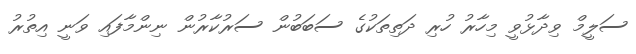
ސަލީމް ވިދާޅުވީ މިހާރު ހުރި ދަތިތަކުގެ ސަބަބުން ސަރުކާރުން ނިންމާފައި ވަނީ އިތުރު